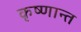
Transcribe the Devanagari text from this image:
कृष्णान्त